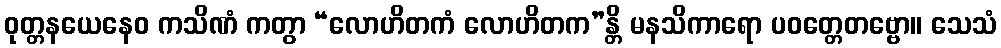
ဝုတ္တနယေနေဝ ကသိဏံ ကတွာ “လောဟိတကံ လောဟိတက”န္တိ မနသိကာရော ပဝတ္တေတဗ္ဗော။ သေသံ